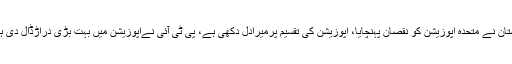
خورشید کا کہنا تھا کہ پی ٹی آئی اور ایم کیوایم پاکستان نے متحدہ اپوزیشن کو نقصان پہنچایا، اپوزیشن کی تقسیم پرمیرادل دکھی ہے، پی ٹی آئی نےاپوزیشن میں بہت بڑی دراڑڈال دی ہے، اپوزیشن کی تقسیم سےحکومت فائدہ اٹھائے گی۔